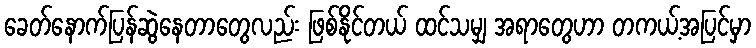
ခေတ်နောက်ပြန်ဆွဲနေတာတွေလည်း ဖြစ်နိုင်တယ် ထင်သမျှ အရာတွေဟာ တကယ့်အပြင်မှာ